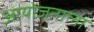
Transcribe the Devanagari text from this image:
आयोजनाला